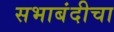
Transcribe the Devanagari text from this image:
सभाबंदीचा